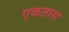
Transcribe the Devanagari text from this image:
एकतास